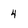
Character: 4